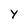
Character: y